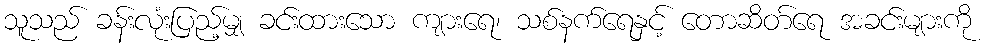
သူသည် ခန်းလုံးပြည့်မျှ ခင်းထားသော ကျားရေ၊ သစ်နက်ရေနှင့် တောဆိတ်ရေ အခင်းများကို